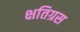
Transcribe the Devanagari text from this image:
क्षतिग्रस